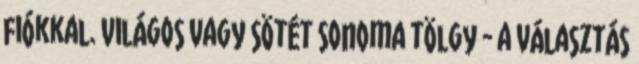
fiókkal. Világos vagy sötét sonoma tölgy - a választás